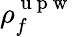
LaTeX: \rho_{f}^{\mathrm{~u~p~w~}}